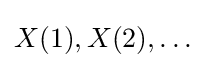
X(1),X(2),\ldots